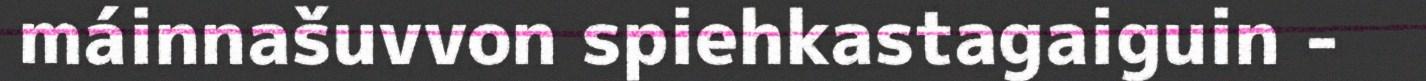
máinnašuvvon spiehkastagaiguin -